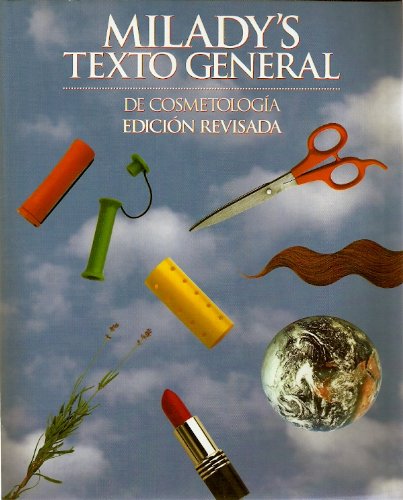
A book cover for Texto General De Cosmetologia; Jack Chaplin; Health, Fitness & Dieting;